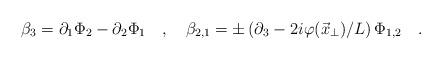
LaTeX: \begin{align*}\beta_{3} = \partial_{1} \Phi_{2} - \partial_{2} \Phi_{1} \quad , \quad\beta_{2,1} = \pm \left( \partial_{3}- 2i \varphi(\vec{x}_{\perp})/L \right)\Phi_{1,2} \quad .\end{align*}